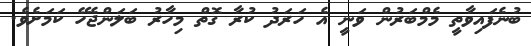
ބުނެފައިވާތީ މެމްބަރުން ވަނީ އެ ހަރަދު ކުރާ ގޮތް މިހާރު ބަލަންޖެހޭ ކަމަށެވެ.